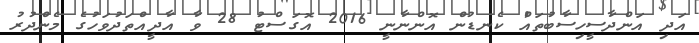
އަދި އަންދާސީހިސާބުތައް ކެނޑުން އޮންނާނީ 2016 އޮގަސްޓު 28 ވާ އާދީއްތަދުވަހުގެ މެންދުރު